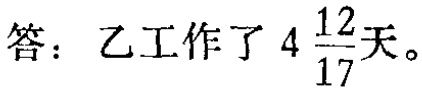
答：乙工作了 \(4\frac{12}{17}\)天。